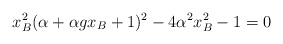
\begin{align*}x_B^2 (\alpha +\alpha gx_B +1)^2 -4\alpha^{2} x_B^2 -1 =0\end{align*}